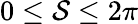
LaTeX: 0\leq\mathcal{S}\leq2\pi